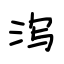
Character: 泻